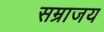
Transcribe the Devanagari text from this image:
सम्राजय